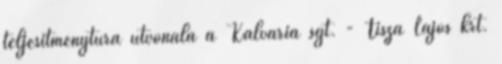
teljesítménytúra útvonala a Kálvária sgt. - Tisza Lajos krt.